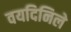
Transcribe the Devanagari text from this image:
वयदिनिले